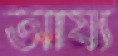
আর্য্য